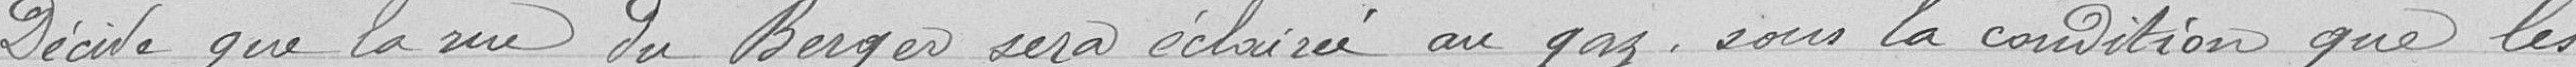
Décide que la rue du Berger sera éclairée au gaz sous la condition que les